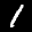
Label: 1